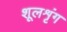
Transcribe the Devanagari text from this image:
शूलशृंग